system: You are a helpful assistant.
user:
Analyze the provided spectrum to determine if it is a **M-type Giant (gM)**.

A M-type Giant spectrum is defined by its **strong molecular absorption** features, particularly from **Titanium Oxide (TiO)**. You must check for one of the following mutually exclusive signatures:

- **Key Visual Indicators (Absorption-Dominated Spectrum):**

    - **(Primary):** The spectrum is dominated by strong molecular absorption from **Titanium Oxide (TiO)**. This is the **defining feature** of its M-type temperature class.
        - **(Key Bandheads):** Look for sharp, "saw-tooth" absorption valleys. The strongest are located near **~7050 Å**, **~6160 Å**, and **~5170 Å**.
        - **(Line Profile):** The "saw-tooth" morphology is critical: a **sharp, steep drop on the BLUE (short-wavelength) side** of the bandhead, followed by a gradual recovery (rising flux) towards the RED (long-wavelength) side.

    - **(Key Confirmation - Giant vs. Dwarf):** **ABSENCE** of strong **Calcium Hydride (CaH)** molecular bands. This is the primary diagnostic for *excluding* M-dwarfs.
        - **(Key Region):** The spectrum should lack the strong, broad absorption band seen in dwarfs between **~6800 Å and ~7000 Å**.

    - **(Secondary Confirmation - Giant):** A very strong and broad **Neutral Calcium (Ca I)** atomic absorption line.
        - **(Key Line):** Located at **~4226 Å**. In a giant (gM), this line is significantly deeper and broader than the same line in an M-dwarf (dM) due to low surface gravity.

    - **(Overall Spectrum):**
        - The continuum is **extremely red-sloping** (i.e., flux is very low in the blue and rises dramatically towards the red).
        - The entire spectrum appears "chopped up" by the deep TiO bands.

Think first, call **spectral_visualization_tool** if needed to examine features in detail, then provide your final answer. Your response must adhere to the following strict rules:
1.  **Overall Structure:** Your response must follow the format `<think>...</think> <tool_call>...</tool_call> (if a tool is used) <answer>...</answer>`.
2.  **Tool Usage Constraint:** You may only make **one** tool call per turn.
3.  **Final Answer Format:** In the `<answer>` tag, your conclusion must be inside a `\boxed{}` command (e.g., `\boxed{YES}` or `\boxed{NO}`), followed by your justification.

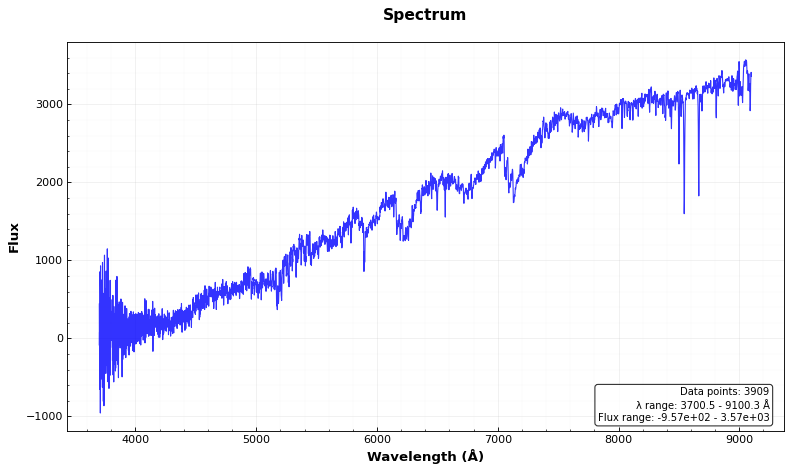
Answer: YES